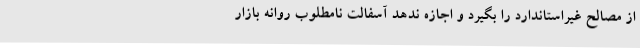
از مصالح غیراستاندارد را بگیرد و اجازه ندهد آسفالت نامطلوب روانه بازار